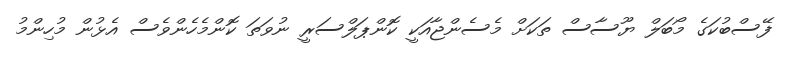
ފޭސްބުކަގެ މޯބަލް ޔޫސާސް ތަކަށް މެސެންޖާއަކީ ކޮންޕަލްސަރީ ނުވަތަ ކޮންމެހެންވެސް އެޅުން މުހިންމު